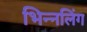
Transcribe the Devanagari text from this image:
भिन्नलिंग